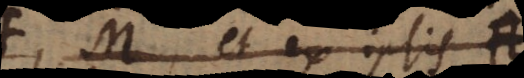
F, M, et ex ipsis A,